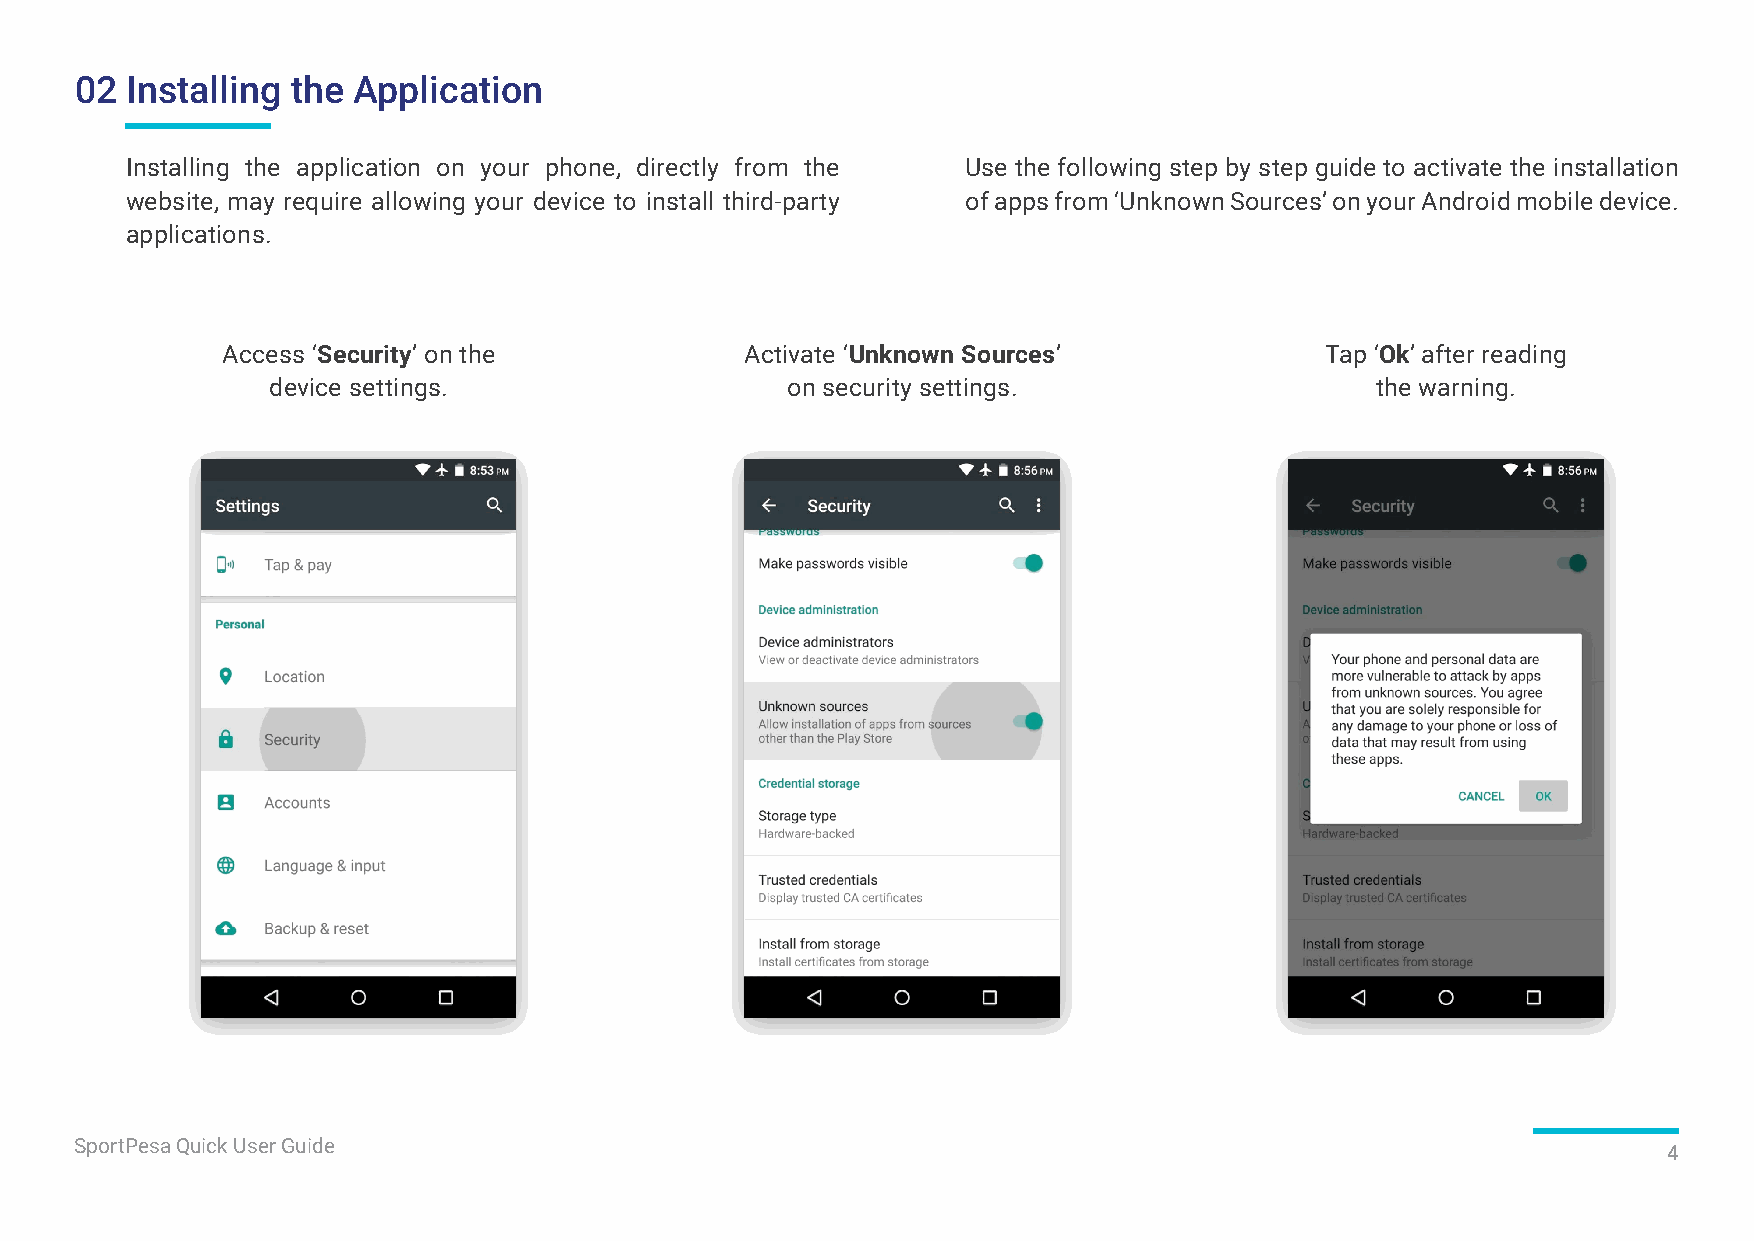
02 Installing the Application
 Installing the application on your phone, directly from the Use the following step by step guide to activate the installation
 website, may require allowing your device to install third-party of apps from ‘Unknown Sources’ on your Android mobile device.
 applications.
 Access ‘Security’ on the          Activate ‘Unknown Sources’             Tap ‘Ok’ after reading
 device settings.                  on security settings.                  the warning.
 SportPesa Quick User Guide
 4